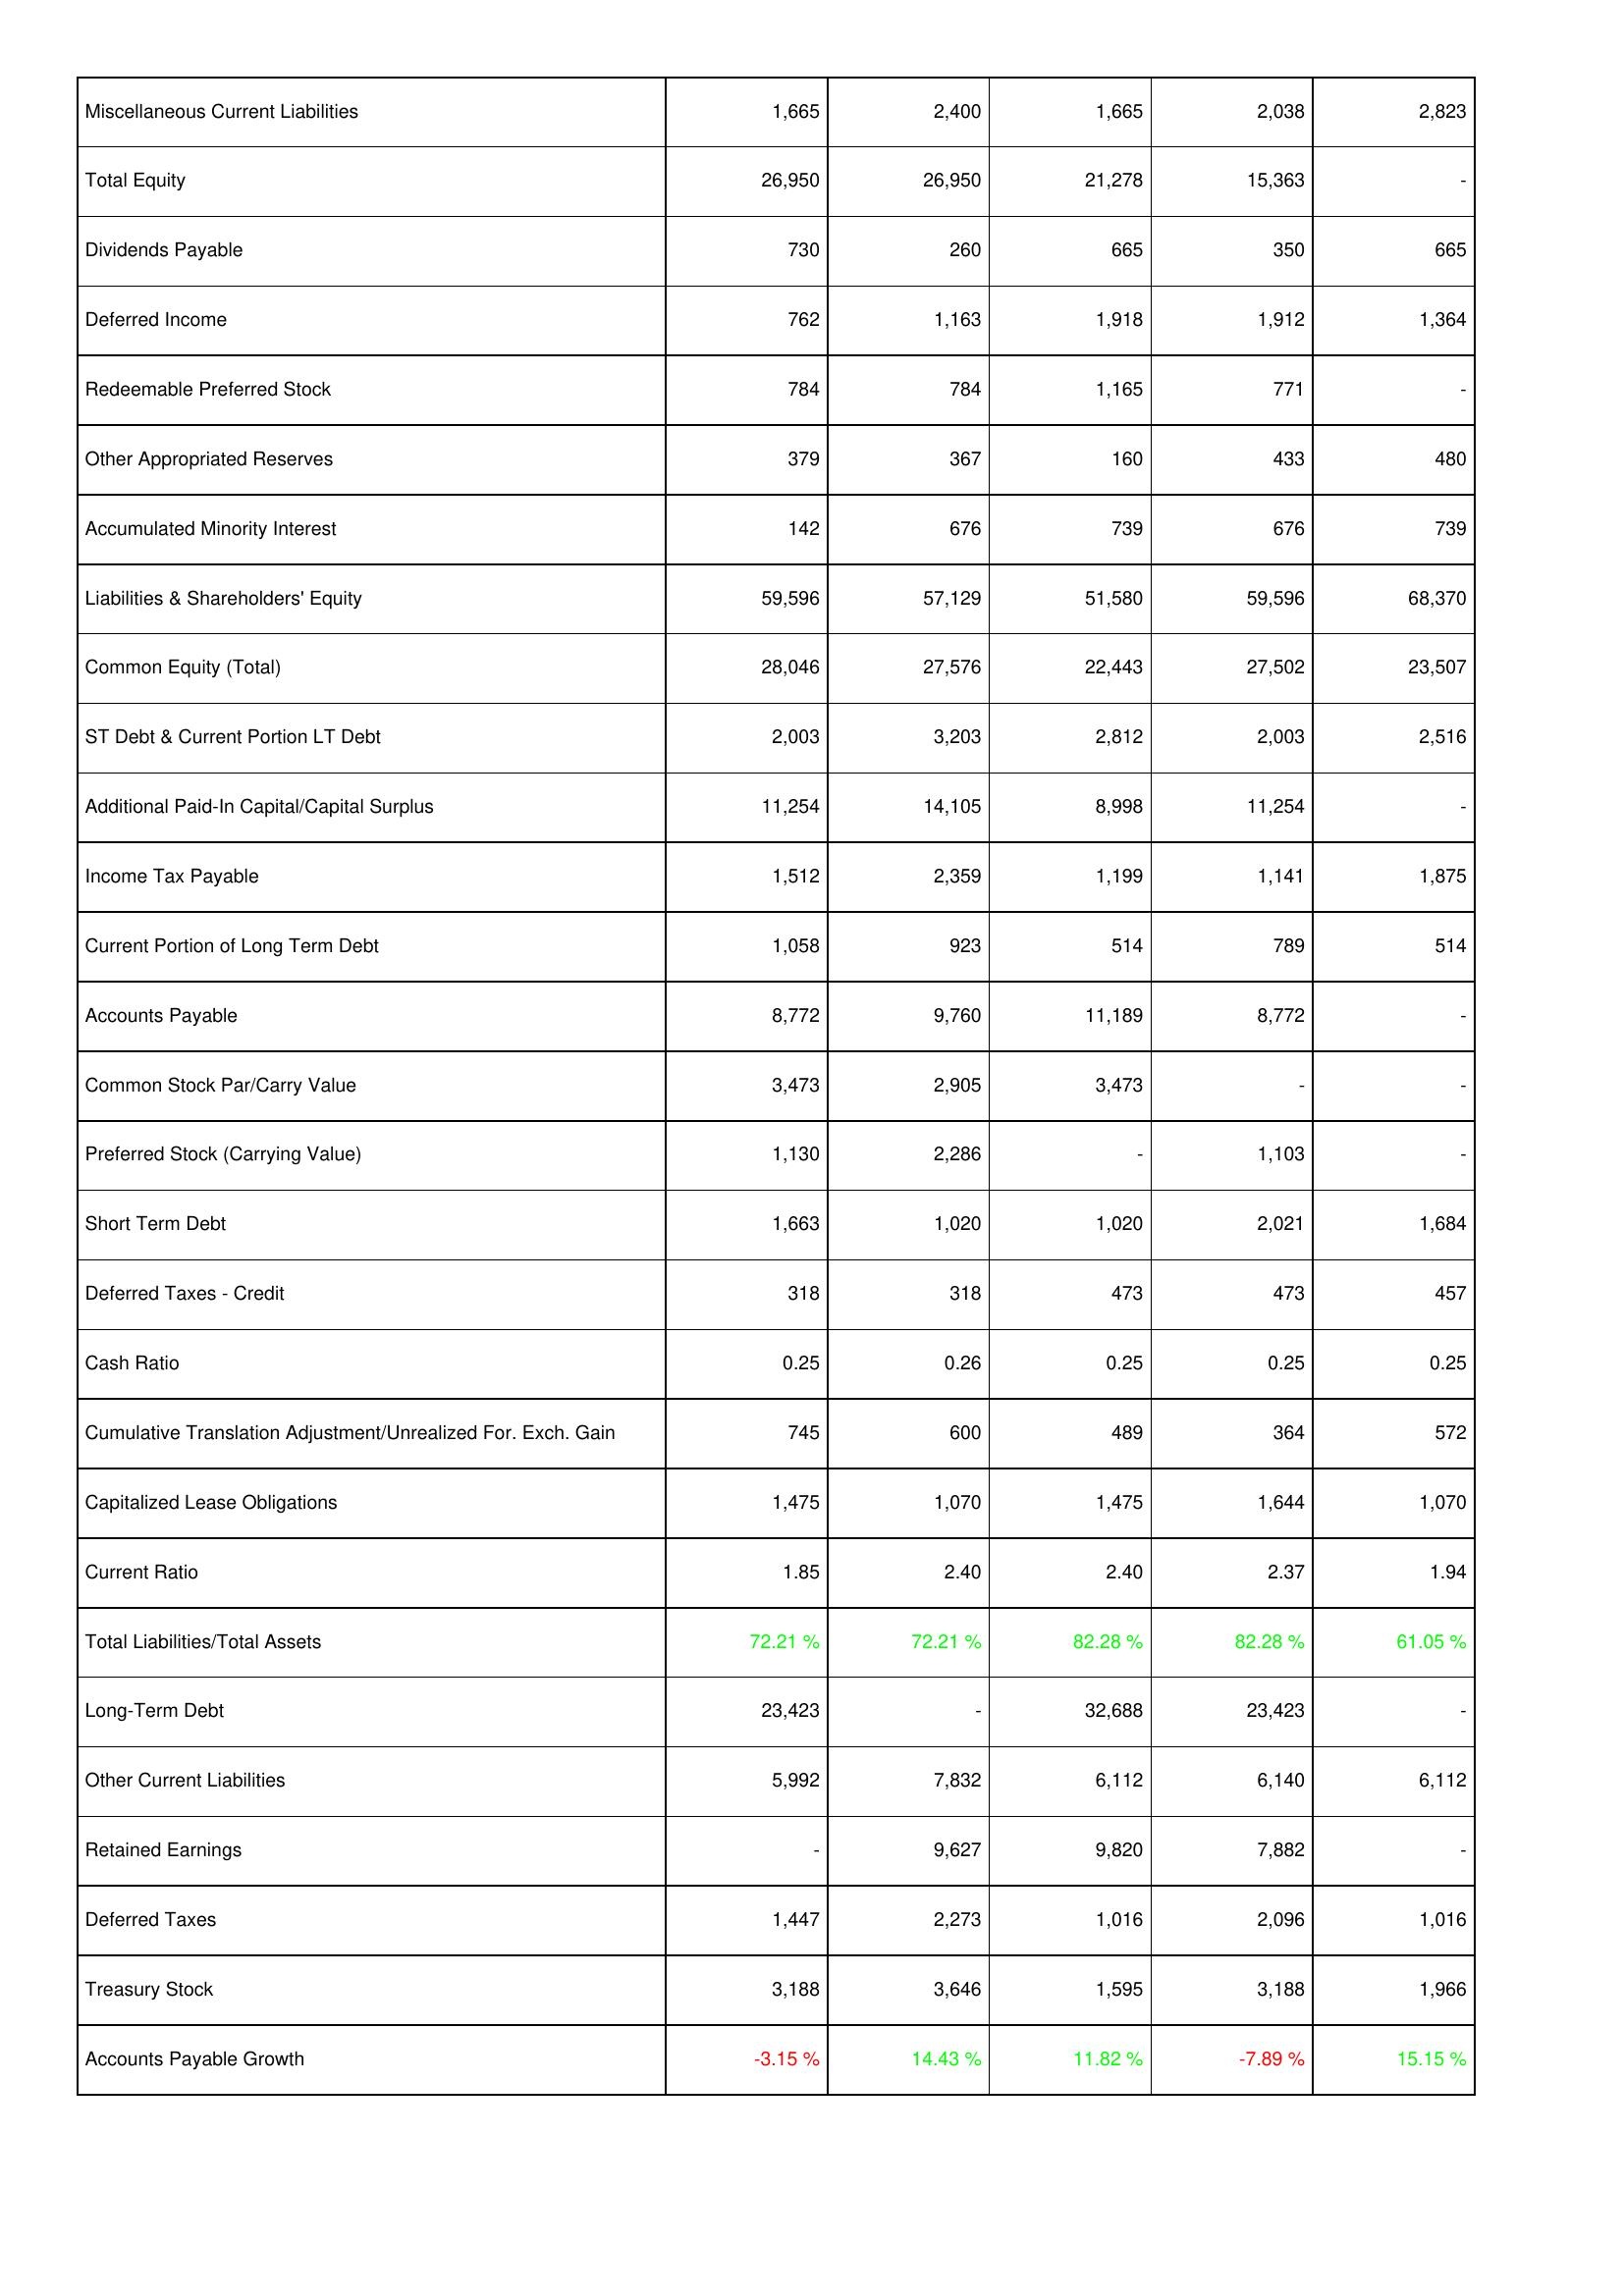
2014: Liabilities & Shareholders' Equity: Miscellaneous Current Liabilities: 1,665
Total Equity: 26,950
Dividends Payable: 730
Deferred Income: 762
Redeemable Preferred Stock: 784
Other Appropriated Reserves: 379
Accumulated Minority Interest: 142
Liabilities & Shareholders' Equity: 59,596
Common Equity (Total): 28,046
ST Debt & Current Portion LT Debt: 2,003
Additional Paid-In Capital/Capital Surplus: 11,254
Income Tax Payable: 1,512
Current Portion of Long Term Debt: 1,058
Accounts Payable: 8,772
Common Stock Par/Carry Value: 3,473
Preferred Stock (Carrying Value): 1,130
Short Term Debt: 1,663
Deferred Taxes - Credit: 318
Cash Ratio: 0.25
Cumulative Translation Adjustment/Unrealized For. Exch. Gain: 745
Capitalized Lease Obligations: 1,475
Current Ratio: 1.85
Total Liabilities/Total Assets: 72.21 %
Long-Term Debt: 23,423
Other Current Liabilities: 5,992
Retained Earnings: -
Deferred Taxes: 1,447
Treasury Stock: 3,188
Accounts Payable Growth: -3.15 %
2015: Liabilities & Shareholders' Equity: Miscellaneous Current Liabilities: 2,400
Total Equity: 26,950
Dividends Payable: 260
Deferred Income: 1,163
Redeemable Preferred Stock: 784
Other Appropriated Reserves: 367
Accumulated Minority Interest: 676
Liabilities & Shareholders' Equity: 57,129
Common Equity (Total): 27,576
ST Debt & Current Portion LT Debt: 3,203
Additional Paid-In Capital/Capital Surplus: 14,105
Income Tax Payable: 2,359
Current Portion of Long Term Debt: 923
Accounts Payable: 9,760
Common Stock Par/Carry Value: 2,905
Preferred Stock (Carrying Value): 2,286
Short Term Debt: 1,020
Deferred Taxes - Credit: 318
Cash Ratio: 0.26
Cumulative Translation Adjustment/Unrealized For. Exch. Gain: 600
Capitalized Lease Obligations: 1,070
Current Ratio: 2.40
Total Liabilities/Total Assets: 72.21 %
Long-Term Debt: -
Other Current Liabilities: 7,832
Retained Earnings: 9,627
Deferred Taxes: 2,273
Treasury Stock: 3,646
Accounts Payable Growth: 14.43 %
2016: Liabilities & Shareholders' Equity: Miscellaneous Current Liabilities: 1,665
Total Equity: 21,278
Dividends Payable: 665
Deferred Income: 1,918
Redeemable Preferred Stock: 1,165
Other Appropriated Reserves: 160
Accumulated Minority Interest: 739
Liabilities & Shareholders' Equity: 51,580
Common Equity (Total): 22,443
ST Debt & Current Portion LT Debt: 2,812
Additional Paid-In Capital/Capital Surplus: 8,998
Income Tax Payable: 1,199
Current Portion of Long Term Debt: 514
Accounts Payable: 11,189
Common Stock Par/Carry Value: 3,473
Preferred Stock (Carrying Value): -
Short Term Debt: 1,020
Deferred Taxes - Credit: 473
Cash Ratio: 0.25
Cumulative Translation Adjustment/Unrealized For. Exch. Gain: 489
Capitalized Lease Obligations: 1,475
Current Ratio: 2.40
Total Liabilities/Total Assets: 82.28 %
Long-Term Debt: 32,688
Other Current Liabilities: 6,112
Retained Earnings: 9,820
Deferred Taxes: 1,016
Treasury Stock: 1,595
Accounts Payable Growth: 11.82 %
2017: Liabilities & Shareholders' Equity: Miscellaneous Current Liabilities: 2,038
Total Equity: 15,363
Dividends Payable: 350
Deferred Income: 1,912
Redeemable Preferred Stock: 771
Other Appropriated Reserves: 433
Accumulated Minority Interest: 676
Liabilities & Shareholders' Equity: 59,596
Common Equity (Total): 27,502
ST Debt & Current Portion LT Debt: 2,003
Additional Paid-In Capital/Capital Surplus: 11,254
Income Tax Payable: 1,141
Current Portion of Long Term Debt: 789
Accounts Payable: 8,772
Common Stock Par/Carry Value: -
Preferred Stock (Carrying Value): 1,103
Short Term Debt: 2,021
Deferred Taxes - Credit: 473
Cash Ratio: 0.25
Cumulative Translation Adjustment/Unrealized For. Exch. Gain: 364
Capitalized Lease Obligations: 1,644
Current Ratio: 2.37
Total Liabilities/Total Assets: 82.28 %
Long-Term Debt: 23,423
Other Current Liabilities: 6,140
Retained Earnings: 7,882
Deferred Taxes: 2,096
Treasury Stock: 3,188
Accounts Payable Growth: -7.89 %
2018: Liabilities & Shareholders' Equity: Miscellaneous Current Liabilities: 2,823
Total Equity: -
Dividends Payable: 665
Deferred Income: 1,364
Redeemable Preferred Stock: -
Other Appropriated Reserves: 480
Accumulated Minority Interest: 739
Liabilities & Shareholders' Equity: 68,370
Common Equity (Total): 23,507
ST Debt & Current Portion LT Debt: 2,516
Additional Paid-In Capital/Capital Surplus: -
Income Tax Payable: 1,875
Current Portion of Long Term Debt: 514
Accounts Payable: -
Common Stock Par/Carry Value: -
Preferred Stock (Carrying Value): -
Short Term Debt: 1,684
Deferred Taxes - Credit: 457
Cash Ratio: 0.25
Cumulative Translation Adjustment/Unrealized For. Exch. Gain: 572
Capitalized Lease Obligations: 1,070
Current Ratio: 1.94
Total Liabilities/Total Assets: 61.05 %
Long-Term Debt: -
Other Current Liabilities: 6,112
Retained Earnings: -
Deferred Taxes: 1,016
Treasury Stock: 1,966
Accounts Payable Growth: 15.15 %